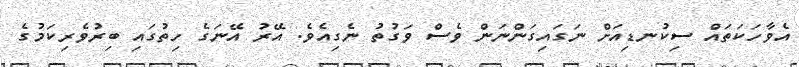
އެވާހަކަތައް ސިކުނޑިއަށް ނަގައިގަންނަން ވެސް ވަގުތު ނެގިއެވެ. އޭރު އޭނަގެ ހިތުގައި ބިރުވެރިކަމުގެ